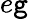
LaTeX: e\mathtt{g}